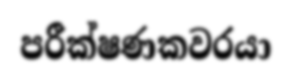
පරීක්ෂණකවරයා